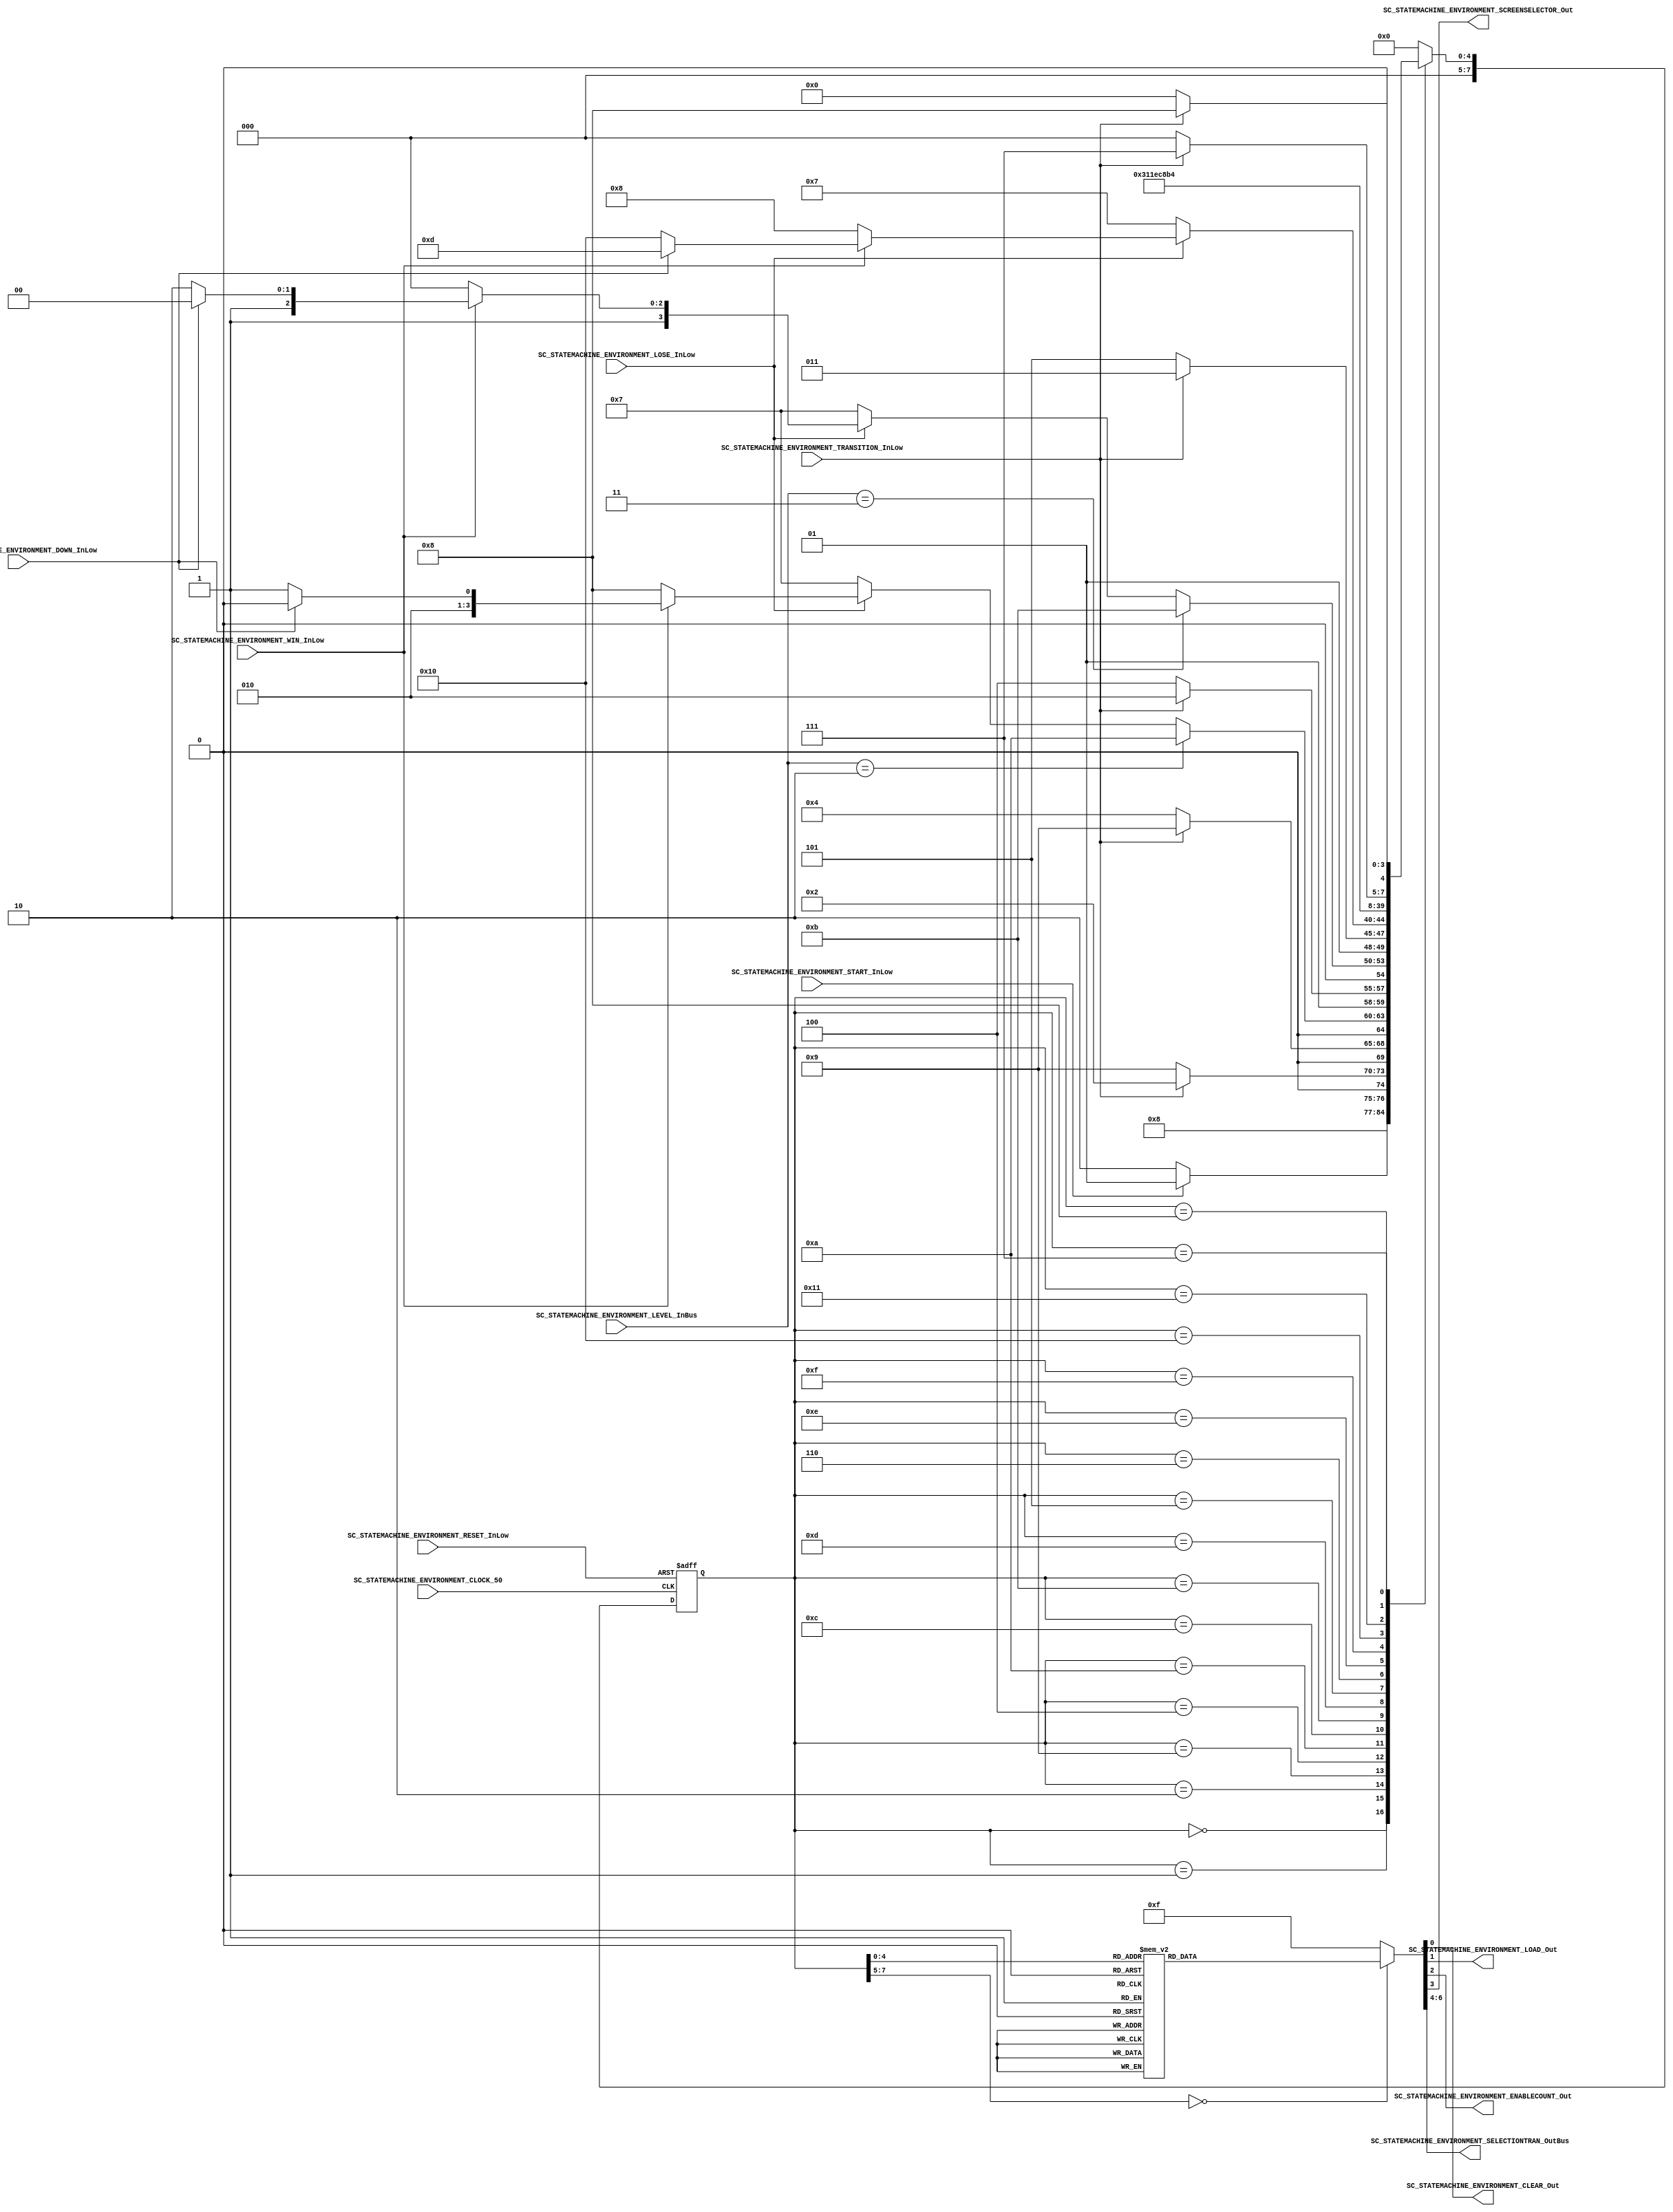

//=======================================================
//  MODULE Definition
//=======================================================

module SC_STATEMACHINE_ENVIRONMENT 
(
	//////////// INPUTS //////////
	SC_STATEMACHINE_ENVIRONMENT_CLOCK_50,
	SC_STATEMACHINE_ENVIRONMENT_RESET_InLow,
	SC_STATEMACHINE_ENVIRONMENT_START_InLow,
	SC_STATEMACHINE_ENVIRONMENT_TRANSITION_InLow,	
	SC_STATEMACHINE_ENVIRONMENT_LOSE_InLow,
	SC_STATEMACHINE_ENVIRONMENT_WIN_InLow,
	SC_STATEMACHINE_ENVIRONMENT_DOWN_InLow,
	SC_STATEMACHINE_ENVIRONMENT_LEVEL_InBus,
	
	//////////// OUTPUTS //////////
	SC_STATEMACHINE_ENVIRONMENT_CLEAR_Out,
	SC_STATEMACHINE_ENVIRONMENT_LOAD_Out,
	SC_STATEMACHINE_ENVIRONMENT_ENABLECOUNT_Out,
	SC_STATEMACHINE_ENVIRONMENT_SCREENSELECTOR_Out,
	SC_STATEMACHINE_ENVIRONMENT_SELECTIONTRAN_OutBus
);	

//=======================================================
//  PARAMETER declarations
//=======================================================

localparam STATE_RESET									= 0;
localparam STATE_START									= 1;
localparam STATE_TRANSITION							= 2;
localparam STATE_READY1									= 4;
localparam STATE_READY2									= 12;
localparam STATE_READY3									= 13;
localparam STATE_SHIFTDOWN_0							= 5; 
localparam STATE_SHIFTDOWN_1							= 6;
localparam STATE_SHIFTDOWN_02							= 14; 
localparam STATE_SHIFTDOWN_12							= 15;
localparam STATE_SHIFTDOWN_03							= 16; 
localparam STATE_SHIFTDOWN_13							= 17;
localparam STATE_LOSE									= 7;	
localparam STATE_WIN										= 8;
localparam STATE_TRANSITION1							= 9;
localparam STATE_TRANSITION2							= 10;
localparam STATE_TRANSITION3							= 11;

//=======================================================
//  PORT declarations
//=======================================================

input	SC_STATEMACHINE_ENVIRONMENT_CLOCK_50;
input	SC_STATEMACHINE_ENVIRONMENT_RESET_InLow;
input	SC_STATEMACHINE_ENVIRONMENT_START_InLow;
input	SC_STATEMACHINE_ENVIRONMENT_TRANSITION_InLow;	
input	SC_STATEMACHINE_ENVIRONMENT_LOSE_InLow;
input	SC_STATEMACHINE_ENVIRONMENT_WIN_InLow;
input SC_STATEMACHINE_ENVIRONMENT_DOWN_InLow;
input[2:0] SC_STATEMACHINE_ENVIRONMENT_LEVEL_InBus;
	
output reg	SC_STATEMACHINE_ENVIRONMENT_CLEAR_Out;
output reg	SC_STATEMACHINE_ENVIRONMENT_LOAD_Out;
output reg  SC_STATEMACHINE_ENVIRONMENT_ENABLECOUNT_Out;
output reg	SC_STATEMACHINE_ENVIRONMENT_SCREENSELECTOR_Out;
output reg[2:0]	SC_STATEMACHINE_ENVIRONMENT_SELECTIONTRAN_OutBus;

//=======================================================
//  REG/WIRE declarations
//=======================================================
reg [7:0] STATE_Register;
reg [7:0] STATE_Signal;
//=======================================================
//  Structural coding
//=======================================================
//INPUT LOGIC: COMBINATIONAL
// NEXT STATE LOGIC : COMBINATIONAL
always @(*)
begin
	case (STATE_Register)
		
		STATE_RESET: 	STATE_Signal = STATE_START;
		
		STATE_START: 	if (SC_STATEMACHINE_ENVIRONMENT_START_InLow == 1'b0) 
								STATE_Signal = STATE_TRANSITION;
							else 
								STATE_Signal = STATE_START;
								
		STATE_TRANSITION: if (SC_STATEMACHINE_ENVIRONMENT_TRANSITION_InLow == 1'b0) 
									STATE_Signal = STATE_TRANSITION1;
								else 
									STATE_Signal = STATE_TRANSITION;
									
		STATE_TRANSITION1: if (SC_STATEMACHINE_ENVIRONMENT_TRANSITION_InLow == 1'b0) 
									STATE_Signal = STATE_READY1;
								else 
									STATE_Signal = STATE_TRANSITION1;
								
		STATE_READY1: if (SC_STATEMACHINE_ENVIRONMENT_LEVEL_InBus == 2'b10)
							 STATE_Signal = STATE_TRANSITION2; 
						 else if (SC_STATEMACHINE_ENVIRONMENT_LOSE_InLow == 1'b0)
							 STATE_Signal = STATE_LOSE;
						 else if (SC_STATEMACHINE_ENVIRONMENT_WIN_InLow == 1'b0)
						    STATE_Signal = STATE_WIN;
						 else if (SC_STATEMACHINE_ENVIRONMENT_DOWN_InLow == 1'b0)
							 STATE_Signal = STATE_SHIFTDOWN_0;
						 else
							 STATE_Signal = STATE_READY1;
							 
		STATE_TRANSITION2: if (SC_STATEMACHINE_ENVIRONMENT_TRANSITION_InLow == 1'b0) 
									STATE_Signal = STATE_READY2;
								 else 
									STATE_Signal = STATE_TRANSITION2;
									
		STATE_READY2: if (SC_STATEMACHINE_ENVIRONMENT_LEVEL_InBus == 2'b11)
							 STATE_Signal = STATE_TRANSITION3;
						 else if (SC_STATEMACHINE_ENVIRONMENT_LOSE_InLow == 1'b0)
							 STATE_Signal = STATE_LOSE;
						 else if (SC_STATEMACHINE_ENVIRONMENT_WIN_InLow == 1'b0)
						    STATE_Signal = STATE_WIN;
						 else if (SC_STATEMACHINE_ENVIRONMENT_DOWN_InLow == 1'b0)
							 STATE_Signal = STATE_SHIFTDOWN_02;
						 else
							 STATE_Signal = STATE_READY2;
								
		STATE_TRANSITION3: if (SC_STATEMACHINE_ENVIRONMENT_TRANSITION_InLow == 1'b0) 
									STATE_Signal = STATE_READY3;
								else 
									STATE_Signal = STATE_TRANSITION3;
									
		STATE_READY3: if (SC_STATEMACHINE_ENVIRONMENT_LOSE_InLow == 1'b0)
							 STATE_Signal = STATE_LOSE;
						 else if (SC_STATEMACHINE_ENVIRONMENT_WIN_InLow == 1'b0)
						    STATE_Signal = STATE_WIN;
						 else if (SC_STATEMACHINE_ENVIRONMENT_DOWN_InLow == 1'b0)
							 STATE_Signal = STATE_SHIFTDOWN_03;
						 else
							 STATE_Signal = STATE_READY3;
		
		STATE_SHIFTDOWN_0: 	STATE_Signal = STATE_SHIFTDOWN_1;
		
		STATE_SHIFTDOWN_1: 	STATE_Signal = STATE_READY1;
		
		STATE_SHIFTDOWN_02: 	STATE_Signal = STATE_SHIFTDOWN_12;
		
		STATE_SHIFTDOWN_12: 	STATE_Signal = STATE_READY2;
		
		STATE_SHIFTDOWN_03: 	STATE_Signal = STATE_SHIFTDOWN_13;
		
		STATE_SHIFTDOWN_13: 	STATE_Signal = STATE_READY3;
		
		STATE_LOSE: if (SC_STATEMACHINE_ENVIRONMENT_TRANSITION_InLow == 1'b0) 
							STATE_Signal = STATE_RESET;
						else 
							STATE_Signal = STATE_LOSE;
		
		STATE_WIN: 	if (SC_STATEMACHINE_ENVIRONMENT_TRANSITION_InLow == 1'b0) 
							STATE_Signal = STATE_RESET;
						else 
							STATE_Signal = STATE_WIN;
		
		default : STATE_Signal = STATE_RESET;
	
	endcase
end
// STATE REGISTER : SEQUENTIAL
always @ ( posedge SC_STATEMACHINE_ENVIRONMENT_CLOCK_50 , negedge SC_STATEMACHINE_ENVIRONMENT_RESET_InLow)
begin
	if (SC_STATEMACHINE_ENVIRONMENT_RESET_InLow == 1'b0)
		STATE_Register <= STATE_RESET;
	else
		STATE_Register <= STATE_Signal;
end
//=======================================================
//  Outputs
//=======================================================
// OUTPUT LOGIC : COMBINATIONAL
always @ (*)
begin
	case (STATE_Register)
		
		STATE_RESET:
		begin
			SC_STATEMACHINE_ENVIRONMENT_CLEAR_Out = 1'b0;
			SC_STATEMACHINE_ENVIRONMENT_LOAD_Out = 1'b1;
			SC_STATEMACHINE_ENVIRONMENT_ENABLECOUNT_Out = 1'b1;
			SC_STATEMACHINE_ENVIRONMENT_SCREENSELECTOR_Out = 1'b1;
			SC_STATEMACHINE_ENVIRONMENT_SELECTIONTRAN_OutBus = 3'b000;	
		end
		
		STATE_START:
		begin
			SC_STATEMACHINE_ENVIRONMENT_CLEAR_Out = 1'b1;
			SC_STATEMACHINE_ENVIRONMENT_LOAD_Out = 1'b1;
			SC_STATEMACHINE_ENVIRONMENT_ENABLECOUNT_Out = 1'b1;
			SC_STATEMACHINE_ENVIRONMENT_SCREENSELECTOR_Out = 1'b1;
			SC_STATEMACHINE_ENVIRONMENT_SELECTIONTRAN_OutBus = 3'b000;	
		end			
								
		STATE_TRANSITION: 
		begin
			SC_STATEMACHINE_ENVIRONMENT_CLEAR_Out = 1'b1;
			SC_STATEMACHINE_ENVIRONMENT_LOAD_Out = 1'b1;
			SC_STATEMACHINE_ENVIRONMENT_ENABLECOUNT_Out = 1'b0;
			SC_STATEMACHINE_ENVIRONMENT_SCREENSELECTOR_Out = 1'b1;
			SC_STATEMACHINE_ENVIRONMENT_SELECTIONTRAN_OutBus = 3'b001;	
		end
		
		STATE_TRANSITION1: 
		begin
			SC_STATEMACHINE_ENVIRONMENT_CLEAR_Out = 1'b1;
			SC_STATEMACHINE_ENVIRONMENT_LOAD_Out = 1'b1;
			SC_STATEMACHINE_ENVIRONMENT_ENABLECOUNT_Out = 1'b0;
			SC_STATEMACHINE_ENVIRONMENT_SCREENSELECTOR_Out = 1'b1;
			SC_STATEMACHINE_ENVIRONMENT_SELECTIONTRAN_OutBus = 3'b100;	
		end
		
		STATE_TRANSITION2: 
		begin
			SC_STATEMACHINE_ENVIRONMENT_CLEAR_Out = 1'b1;
			SC_STATEMACHINE_ENVIRONMENT_LOAD_Out = 1'b1;
			SC_STATEMACHINE_ENVIRONMENT_ENABLECOUNT_Out = 1'b0;
			SC_STATEMACHINE_ENVIRONMENT_SCREENSELECTOR_Out = 1'b1;
			SC_STATEMACHINE_ENVIRONMENT_SELECTIONTRAN_OutBus = 3'b101;	
		end
		
		STATE_TRANSITION3: 
		begin
			SC_STATEMACHINE_ENVIRONMENT_CLEAR_Out = 1'b1;
			SC_STATEMACHINE_ENVIRONMENT_LOAD_Out = 1'b1;
			SC_STATEMACHINE_ENVIRONMENT_ENABLECOUNT_Out = 1'b0;
			SC_STATEMACHINE_ENVIRONMENT_SCREENSELECTOR_Out = 1'b1;
			SC_STATEMACHINE_ENVIRONMENT_SELECTIONTRAN_OutBus = 3'b110;	
		end
		
		STATE_READY1:
		begin
			SC_STATEMACHINE_ENVIRONMENT_CLEAR_Out = 1'b1;
			SC_STATEMACHINE_ENVIRONMENT_LOAD_Out = 1'b1;
			SC_STATEMACHINE_ENVIRONMENT_ENABLECOUNT_Out = 1'b1;
			SC_STATEMACHINE_ENVIRONMENT_SCREENSELECTOR_Out = 1'b0;
			SC_STATEMACHINE_ENVIRONMENT_SELECTIONTRAN_OutBus = 3'b000;	
		end
		
		STATE_READY2:
		begin
			SC_STATEMACHINE_ENVIRONMENT_CLEAR_Out = 1'b1;
			SC_STATEMACHINE_ENVIRONMENT_LOAD_Out = 1'b1;
			SC_STATEMACHINE_ENVIRONMENT_ENABLECOUNT_Out = 1'b1;
			SC_STATEMACHINE_ENVIRONMENT_SCREENSELECTOR_Out = 1'b0;
			SC_STATEMACHINE_ENVIRONMENT_SELECTIONTRAN_OutBus = 3'b000;	
		end
		
		STATE_READY3:
		begin
			SC_STATEMACHINE_ENVIRONMENT_CLEAR_Out = 1'b1;
			SC_STATEMACHINE_ENVIRONMENT_LOAD_Out = 1'b1;
			SC_STATEMACHINE_ENVIRONMENT_ENABLECOUNT_Out = 1'b1;
			SC_STATEMACHINE_ENVIRONMENT_SCREENSELECTOR_Out = 1'b0;
			SC_STATEMACHINE_ENVIRONMENT_SELECTIONTRAN_OutBus = 3'b000;	
		end
		
		STATE_SHIFTDOWN_0: 
		begin
			SC_STATEMACHINE_ENVIRONMENT_CLEAR_Out = 1'b1;
			SC_STATEMACHINE_ENVIRONMENT_LOAD_Out = 1'b0;
			SC_STATEMACHINE_ENVIRONMENT_ENABLECOUNT_Out = 1'b1;
			SC_STATEMACHINE_ENVIRONMENT_SCREENSELECTOR_Out = 1'b0;
			SC_STATEMACHINE_ENVIRONMENT_SELECTIONTRAN_OutBus = 3'b000;	
		end
		
		STATE_SHIFTDOWN_1: 	
		begin
			SC_STATEMACHINE_ENVIRONMENT_CLEAR_Out = 1'b1;
			SC_STATEMACHINE_ENVIRONMENT_LOAD_Out = 1'b1;
			SC_STATEMACHINE_ENVIRONMENT_ENABLECOUNT_Out = 1'b1;
			SC_STATEMACHINE_ENVIRONMENT_SCREENSELECTOR_Out = 1'b0;
			SC_STATEMACHINE_ENVIRONMENT_SELECTIONTRAN_OutBus = 3'b000;	
		end
		
		STATE_SHIFTDOWN_02: 
		begin
			SC_STATEMACHINE_ENVIRONMENT_CLEAR_Out = 1'b1;
			SC_STATEMACHINE_ENVIRONMENT_LOAD_Out = 1'b0;
			SC_STATEMACHINE_ENVIRONMENT_ENABLECOUNT_Out = 1'b1;
			SC_STATEMACHINE_ENVIRONMENT_SCREENSELECTOR_Out = 1'b0;
			SC_STATEMACHINE_ENVIRONMENT_SELECTIONTRAN_OutBus = 3'b000;	
		end
		
		STATE_SHIFTDOWN_12: 	
		begin
			SC_STATEMACHINE_ENVIRONMENT_CLEAR_Out = 1'b1;
			SC_STATEMACHINE_ENVIRONMENT_LOAD_Out = 1'b1;
			SC_STATEMACHINE_ENVIRONMENT_ENABLECOUNT_Out = 1'b1;
			SC_STATEMACHINE_ENVIRONMENT_SCREENSELECTOR_Out = 1'b0;
			SC_STATEMACHINE_ENVIRONMENT_SELECTIONTRAN_OutBus = 3'b000;	
		end
		
		STATE_SHIFTDOWN_03: 
		begin
			SC_STATEMACHINE_ENVIRONMENT_CLEAR_Out = 1'b1;
			SC_STATEMACHINE_ENVIRONMENT_LOAD_Out = 1'b0;
			SC_STATEMACHINE_ENVIRONMENT_ENABLECOUNT_Out = 1'b1;
			SC_STATEMACHINE_ENVIRONMENT_SCREENSELECTOR_Out = 1'b0;
			SC_STATEMACHINE_ENVIRONMENT_SELECTIONTRAN_OutBus = 3'b000;	
		end
		
		STATE_SHIFTDOWN_13: 	
		begin
			SC_STATEMACHINE_ENVIRONMENT_CLEAR_Out = 1'b1;
			SC_STATEMACHINE_ENVIRONMENT_LOAD_Out = 1'b1;
			SC_STATEMACHINE_ENVIRONMENT_ENABLECOUNT_Out = 1'b1;
			SC_STATEMACHINE_ENVIRONMENT_SCREENSELECTOR_Out = 1'b0;
			SC_STATEMACHINE_ENVIRONMENT_SELECTIONTRAN_OutBus = 3'b000;	
		end
		
		STATE_LOSE: 
		begin
			SC_STATEMACHINE_ENVIRONMENT_CLEAR_Out = 1'b1;
			SC_STATEMACHINE_ENVIRONMENT_LOAD_Out = 1'b1;
			SC_STATEMACHINE_ENVIRONMENT_ENABLECOUNT_Out = 1'b0;
			SC_STATEMACHINE_ENVIRONMENT_SCREENSELECTOR_Out = 1'b1;
			SC_STATEMACHINE_ENVIRONMENT_SELECTIONTRAN_OutBus = 3'b010;	
		end
		
		STATE_WIN: 
		begin
			SC_STATEMACHINE_ENVIRONMENT_CLEAR_Out = 1'b1;
			SC_STATEMACHINE_ENVIRONMENT_LOAD_Out = 1'b1;
			SC_STATEMACHINE_ENVIRONMENT_ENABLECOUNT_Out = 1'b0;
			SC_STATEMACHINE_ENVIRONMENT_SCREENSELECTOR_Out = 1'b1;
			SC_STATEMACHINE_ENVIRONMENT_SELECTIONTRAN_OutBus = 3'b011;	
		end
		
		default:
		begin
			SC_STATEMACHINE_ENVIRONMENT_CLEAR_Out = 1'b1;
			SC_STATEMACHINE_ENVIRONMENT_LOAD_Out = 1'b1;
			SC_STATEMACHINE_ENVIRONMENT_ENABLECOUNT_Out = 1'b1;
			SC_STATEMACHINE_ENVIRONMENT_SCREENSELECTOR_Out = 1'b1;
			SC_STATEMACHINE_ENVIRONMENT_SELECTIONTRAN_OutBus = 3'b000;	
		end
	endcase
end
endmodule